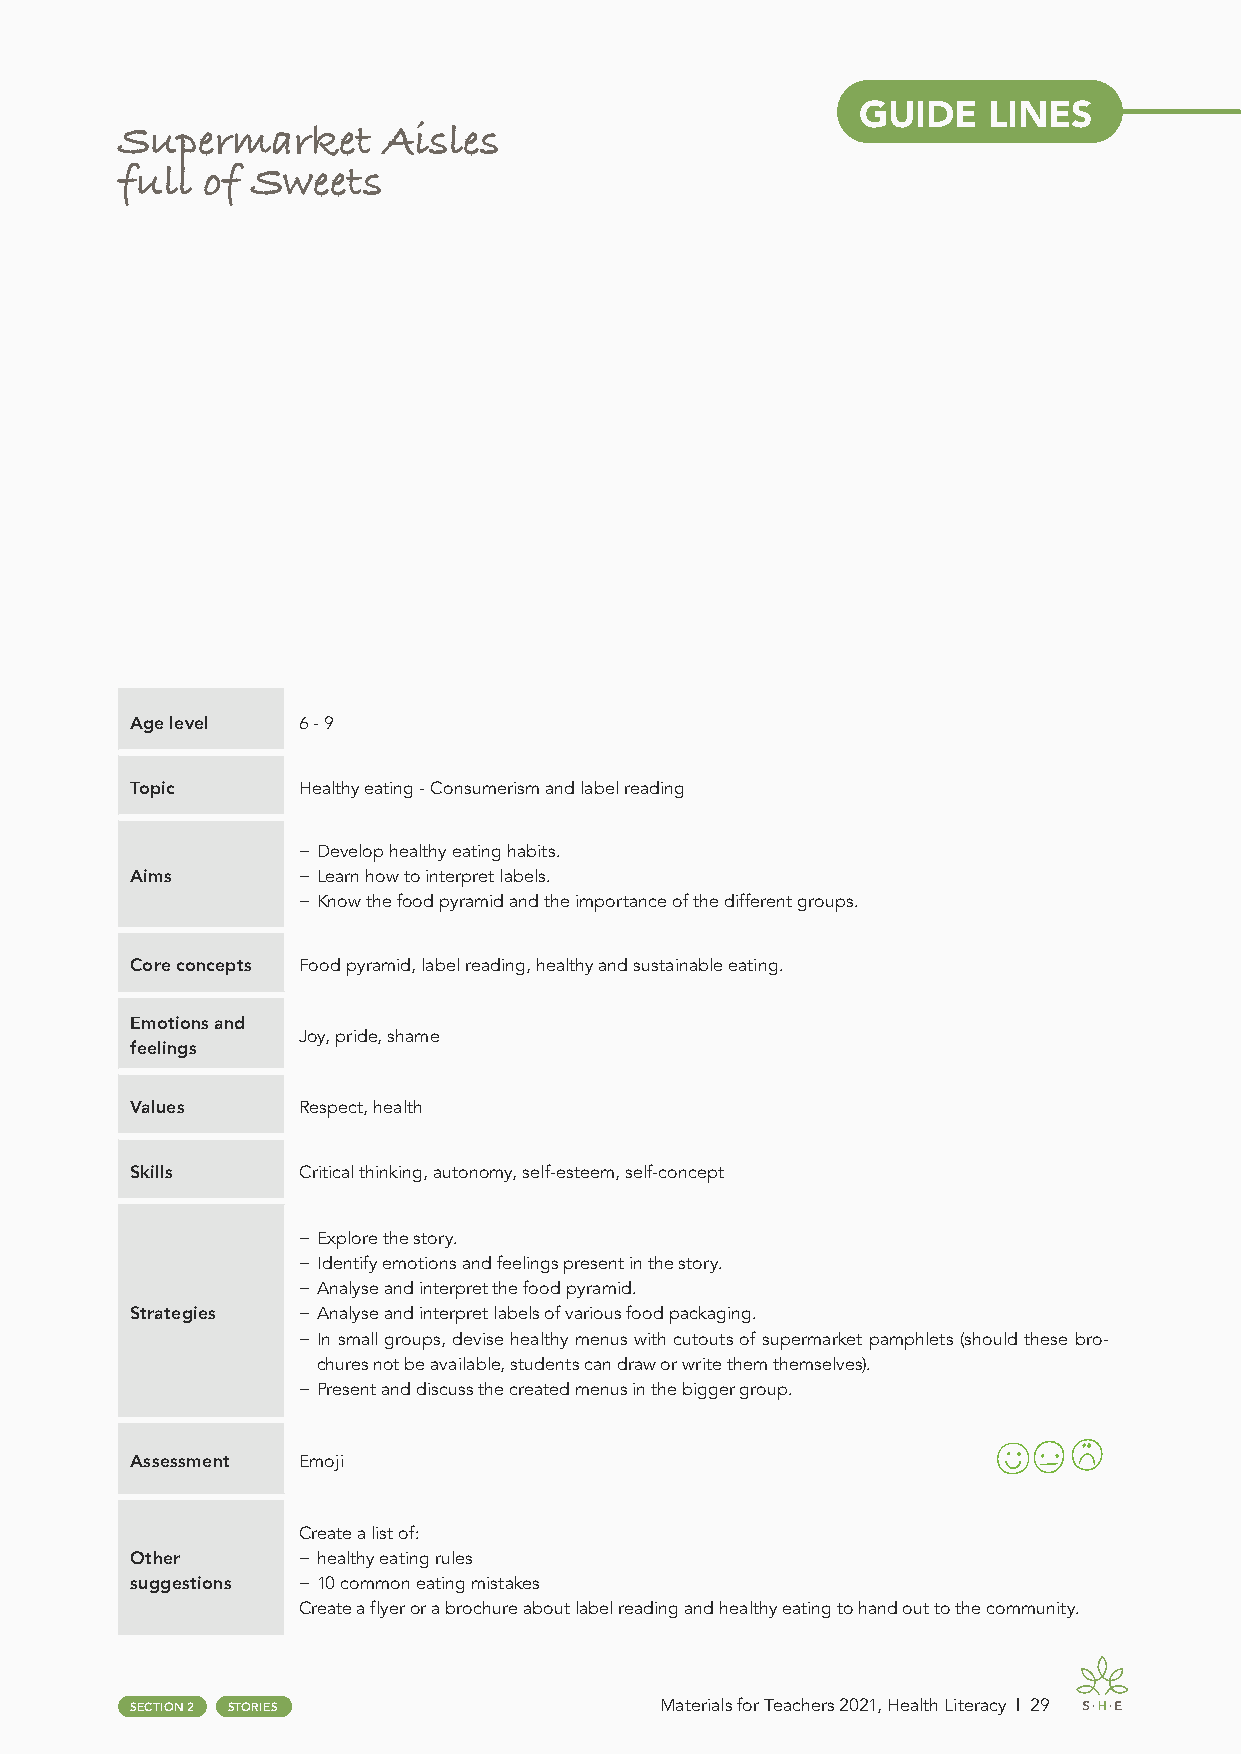
GUIDE   LINES
 Supermarket      Aisles
 full of  Sweets
 Age level  6 - 9
 Topic      Healthy eating - Consumerism and label reading
 − Develop healthy eating habits.
 Aims       − Learn how to interpret labels.
 − Know the food pyramid and the importance of the different groups.
 Core concepts Food pyramid, label reading, healthy and sustainable eating.
 Emotions and
 Joy, pride, shame
 feelings
 Values     Respect, health
 Skills     Critical thinking, autonomy, self-esteem, self-concept
 − Explore the story.
 − Identify emotions and feelings present in the story.
 − Analyse and interpret the food pyramid.
 Strategies − Analyse and interpret labels of various food packaging.
 − In small groups, devise healthy menus with cutouts of supermarket pamphlets (should these bro-
 chures not be available, students can draw or write them themselves).
 − Present and discuss the created menus in the bigger group.
 Assessment Emoji
 Create a list of:
 Other      − healthy eating rules
 suggestions − 10 common eating mistakes
 Create a flyer or a brochure about label reading and healthy eating to hand out to the community.
 SECTION 2 STORIES                  Materials for Teachers 2021, Health Literacy | 29